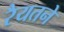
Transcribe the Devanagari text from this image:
रैयतने